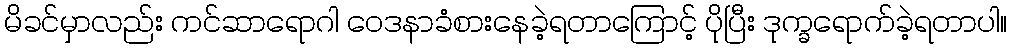
မိခင်မှာလည်း ကင်ဆာရောဂါ ဝေဒနာခံစားနေခဲ့ရတာကြောင့် ပိုပြီး ဒုက္ခရောက်ခဲ့ရတာပါ။